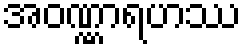
အဝဏ္ဏာရဟဿ